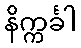
နိက္ကင်္ခါ